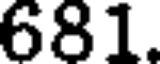
681.